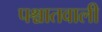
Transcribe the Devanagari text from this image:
पश्चातवाली